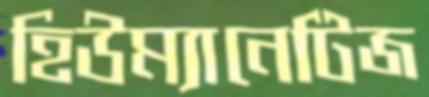
হিউম্যানেটিজ